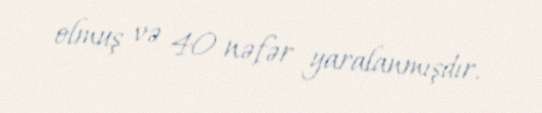
olmuş və 40 nəfər yaralanmışdır.